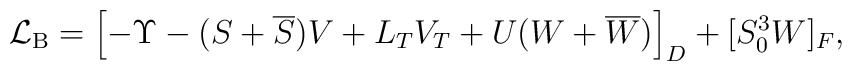
{\cal L}_{\rm B} = \left[ -\Upsilon -(S+\overline S)V + L_TV_T+ U(W+\overline W) \right]_D + [S_0^3 W]_F,